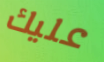
عليك